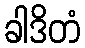
ခါဒိတံ